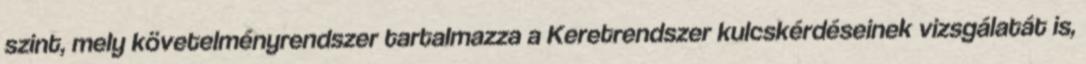
szint, mely követelményrendszer tartalmazza a Keretrendszer kulcskérdéseinek vizsgálatát is,